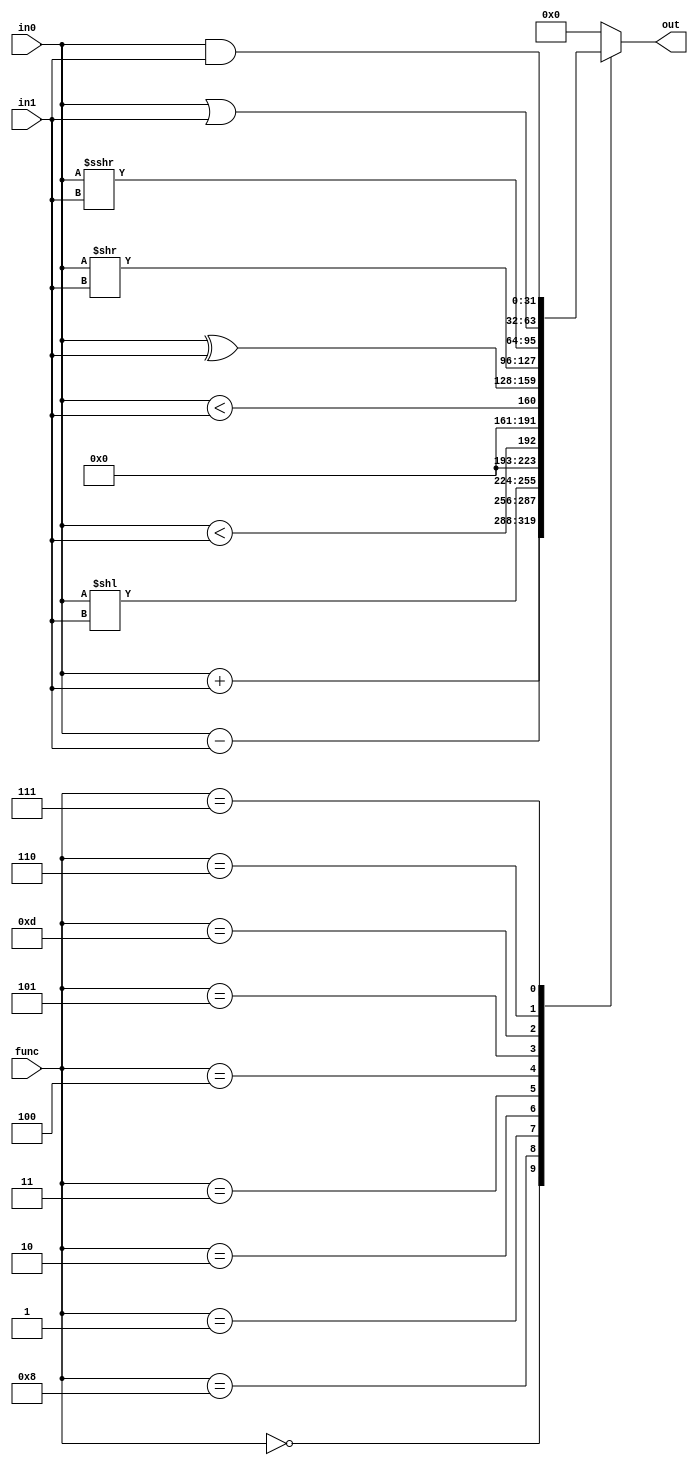
module alu(out, in0, in1, func);

input [31:0] in0, in1;
input [3:0] func;
output [31:0] out;

reg [31:0] out;

`define add  4'b0000
`define sub  4'b1000
`define sll  4'b0001
`define slt  4'b0010
`define sltu 4'b0011
`define _xor 4'b0100
`define srl  4'b0101
`define sra  4'b1101
`define _or  4'b0110
`define _and 4'b0111

always @ (*)
begin
    case(func)
    `add:  out = in0 + in1;
    `sub:  out = in0 - in1;
    `sll:  out = in0 << in1;
    `slt:  out = $signed(in0) < $signed(in1);
    `sltu: out = in0 < in1;
    `_xor: out = in0 ^ in1;
    `srl:  out = in0 >> in1;
    `sra:  out = $signed(in0) >>> in1;
    `_or:  out = in0 | in1;
    `_and: out = in0 & in1;
    default: out = 32'b0;
    endcase
end

endmodule